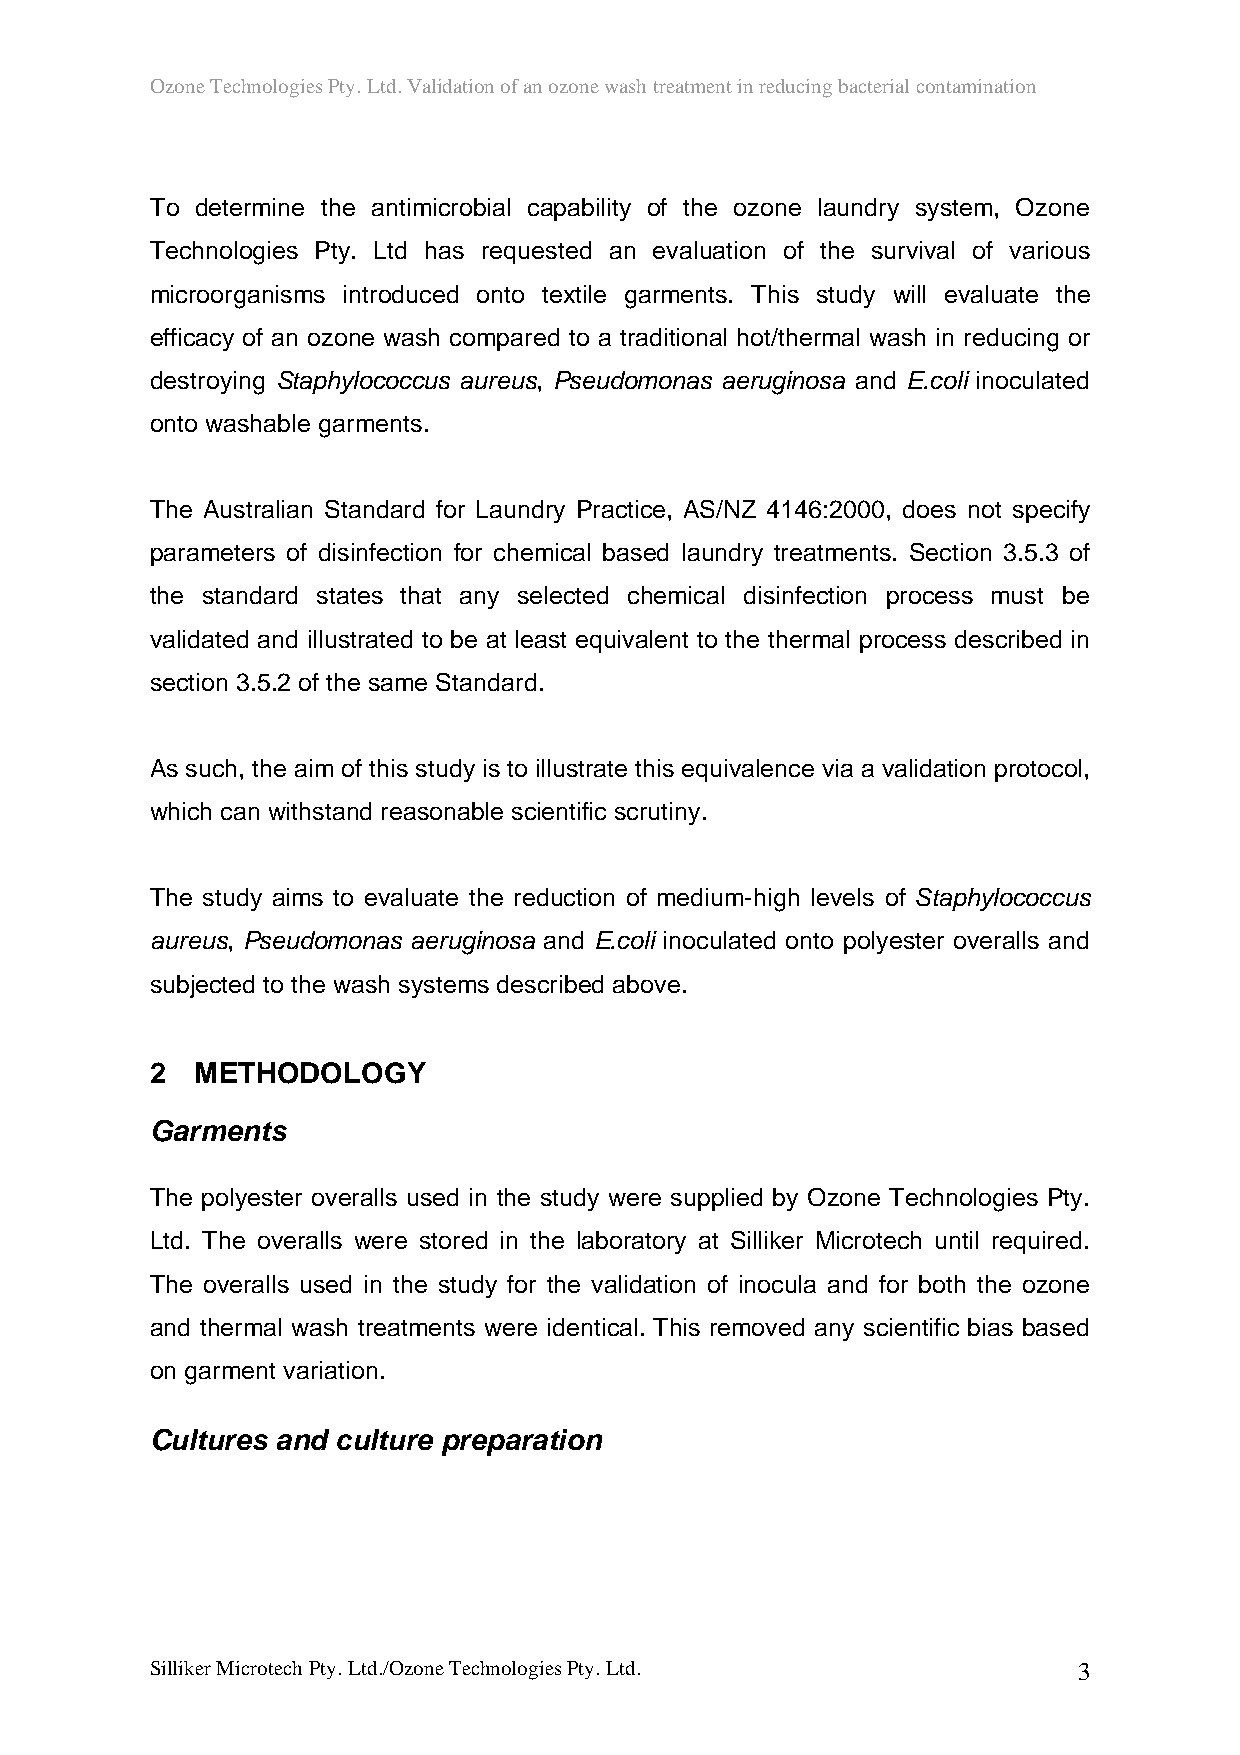
Ozone Technologies Pty. Ltd. Validation of an ozone wash treatment in reducing bacterial contamination
 To determine the antimicrobial capability of the ozone laundry system, Ozone
 Technologies Pty. Ltd has requested an evaluation of the survival of various
 microorganisms introduced onto textile garments. This study will evaluate the
 efficacy of an ozone wash compared to a traditional hot/thermal wash in reducing or
 destroying Staphylococcus aureus, Pseudomonas aeruginosa and E.coli inoculated
 onto washable garments.
 The Australian Standard for Laundry Practice, AS/NZ 4146:2000, does not specify
 parameters of disinfection for chemical based laundry treatments. Section 3.5.3 of
 the standard states that any selected chemical disinfection process must be
 validated and illustrated to be at least equivalent to the thermal process described in
 section 3.5.2 of the same Standard.
 As such, the aim of this study is to illustrate this equivalence via a validation protocol,
 which can withstand reasonable scientific scrutiny.
 The study aims to evaluate the reduction of medium-high levels of Staphylococcus
 aureus, Pseudomonas aeruginosa and E.coli inoculated onto polyester overalls and
 subjected to the wash systems described above.
 2  METHODOLOGY
 Garments
 The polyester overalls used in the study were supplied by Ozone Technologies Pty.
 Ltd. The overalls were stored in the laboratory at Silliker Microtech until required.
 The overalls used in the study for the validation of inocula and for both the ozone
 and thermal wash treatments were identical. This removed any scientific bias based
 on garment variation.
 Cultures and culture preparation
 Silliker Microtech Pty. Ltd./Ozone Technologies Pty. Ltd.    3